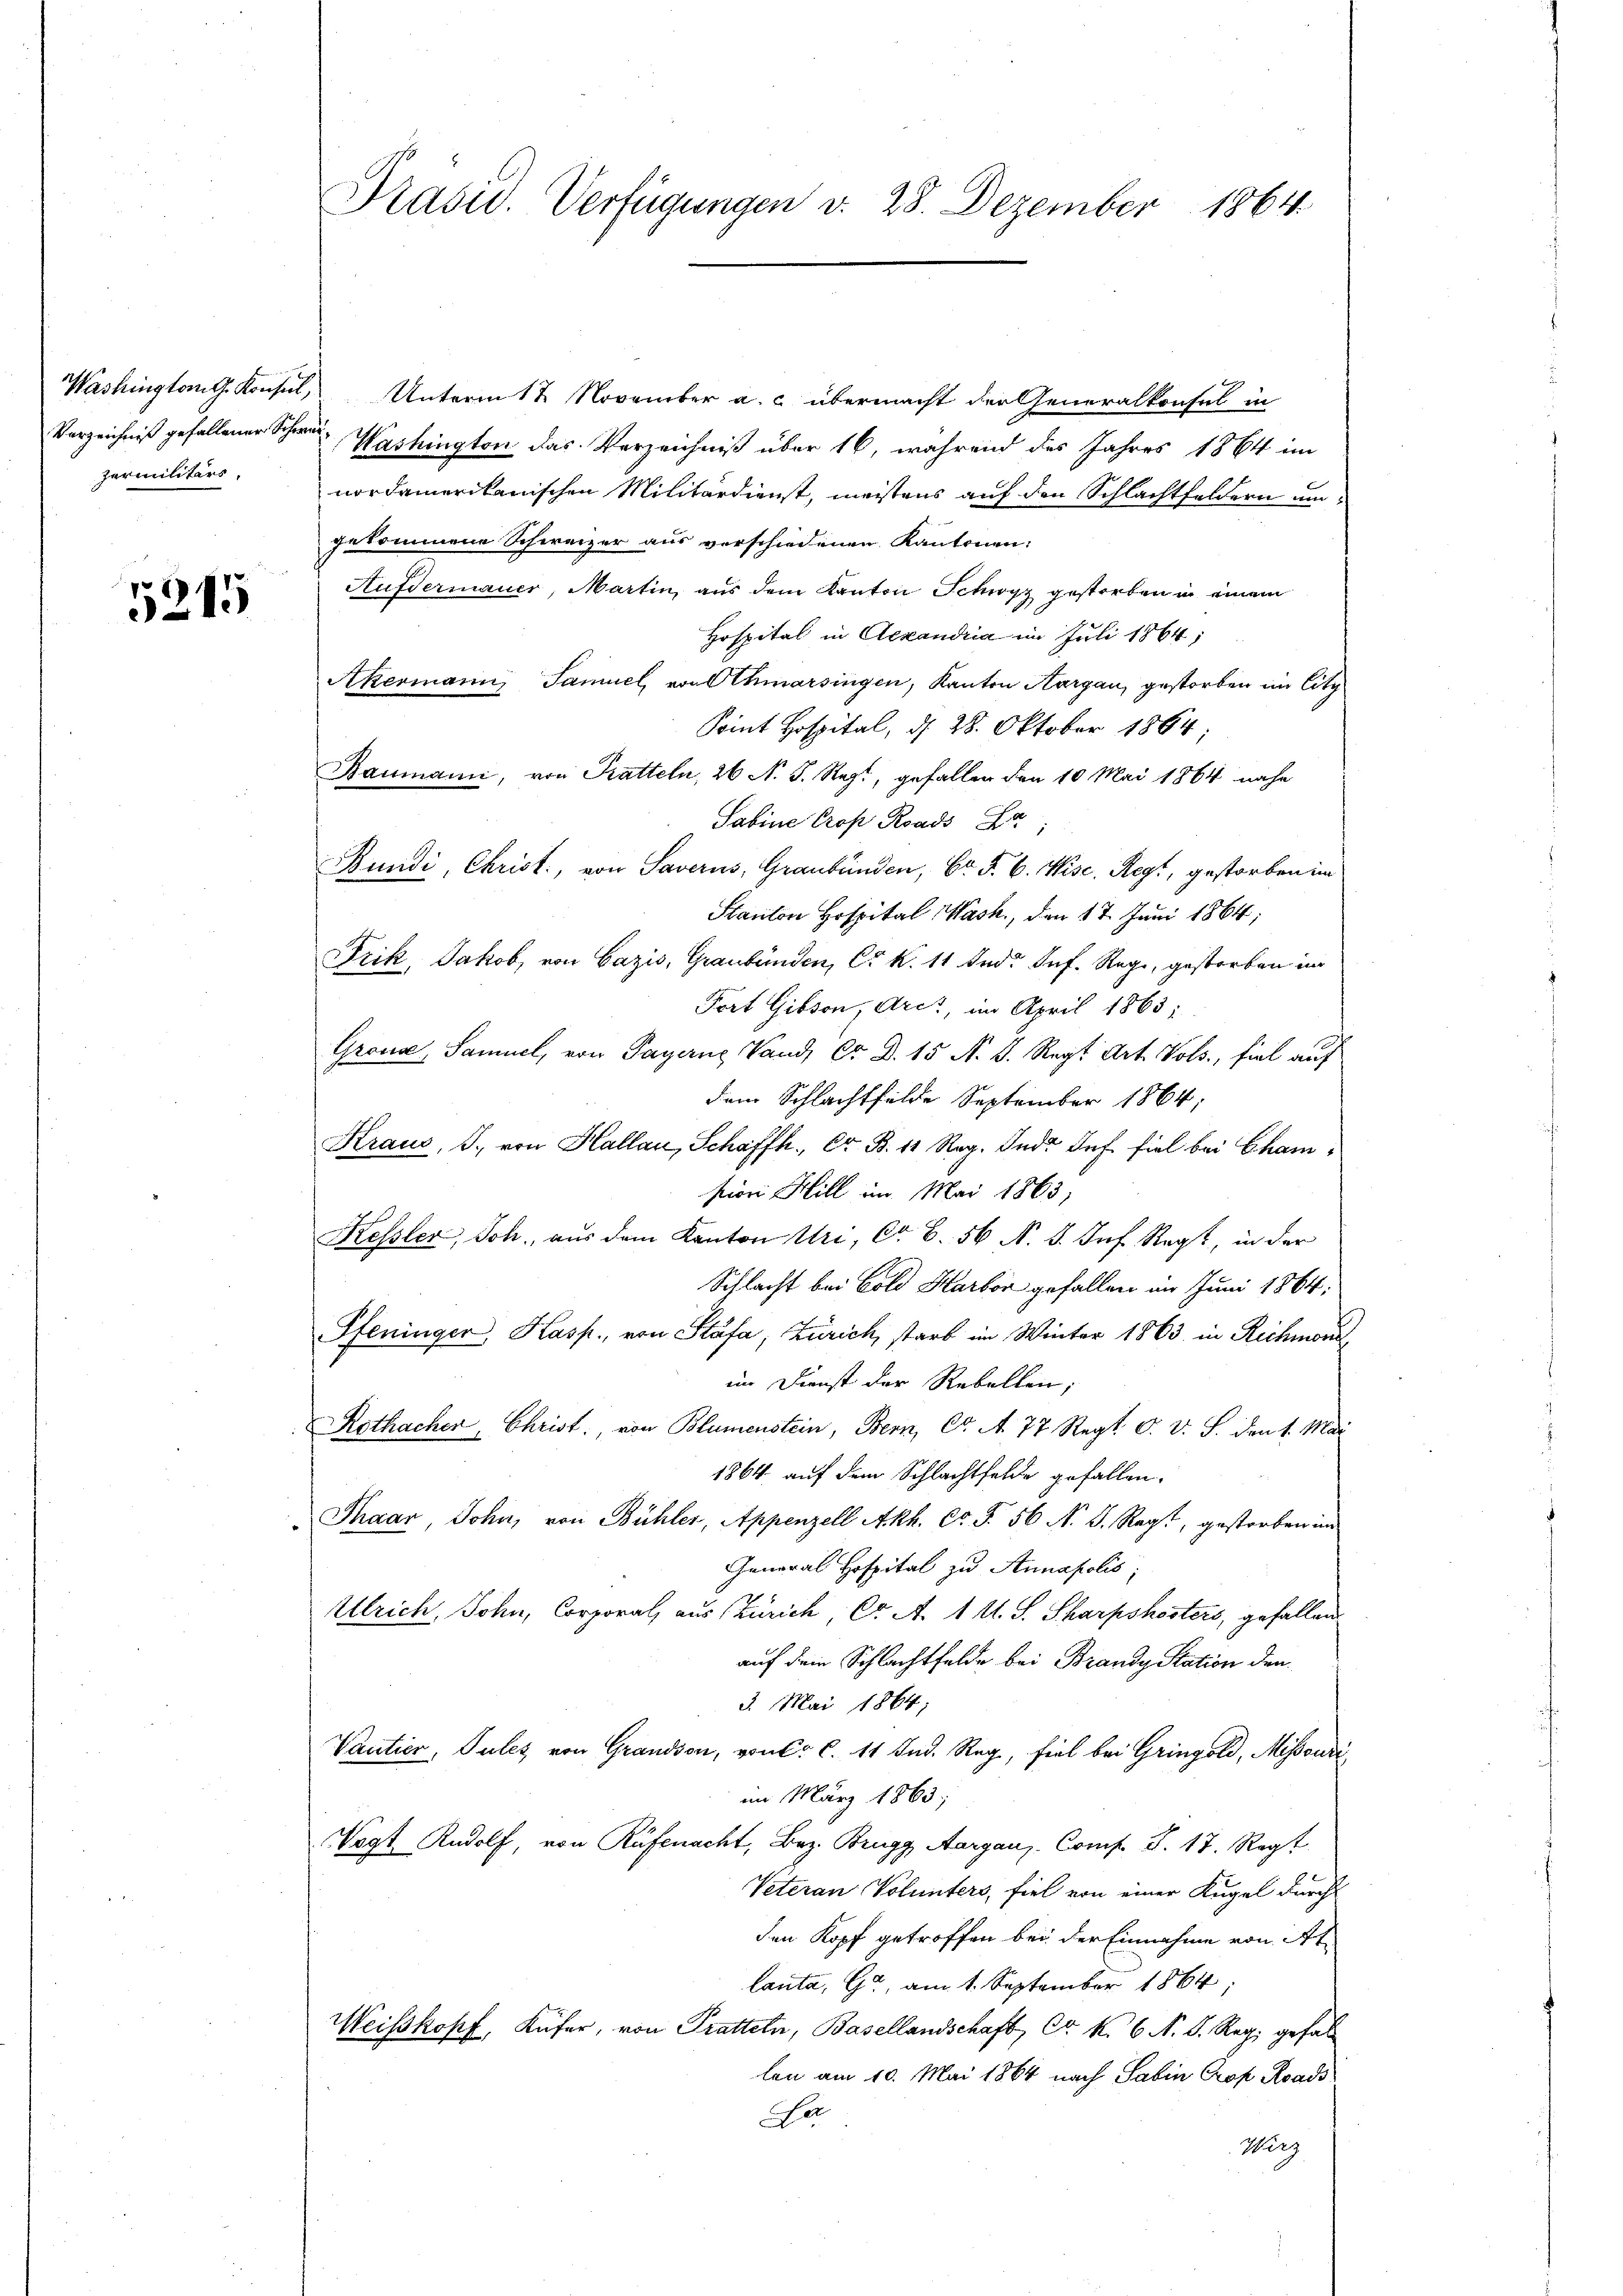
zermilitärs.

5215

Washingtong. Konsul, Unterm 12. November a. c. übermacht der Generalkonsul in
Verzeichniß gefallener Schen Washington das Verzeichniß über 16, während des Jahres 1864 im
nordamerikanischen Militärdienst, meistens auf den Schlachtfeldern umgekommene Schweizer aus verschiedenen Kantonen:
Aufdermauer, Martin, aus dem Kanton Schwyz gestorben in einem
Hospital in Alexandria im Juli 1864;
Akermann Samuel, von Othmarsingen, Kanton Aargau, gestorben im Sitz
Point Hospital, d. 28. Oktober 1864
Baumann, von Pratteln, 26 N. F. Rezt, gefallen den 10 Mai 1864 nahe
Sabine Crop Roads Ze
Bundi, Christ, von Saverns, Graubünden, Gr. §. 6. Wise. Regt, gestorben im
Stanton Hospital Wash., den 17. Juni 1864;
Frik, Jakob, von Cazis, Graubünden, C. R. 11 und Inf. Rege, gestorben in
Fort Gibson, Arct, im April 1863;
Gronde, Samuel, von Payerne Land, Cr D. 15 N. S. Regt. Art. Vols, fiel auf
dem Schlachtfelde September 1864;
Kraus, S. von Hallau, Schaffh., Er B. 11 Reg. Ind? In fiel bei Champion Hill im Mai 1863;
Kessler, Joh., aus dem Kanton Uri, Co. 6. 56 N. 8. Juf Regt, in der
Schlacht bei Bold Harbor gefallen im Juni 1864:
Pfeninger, Kasp., von Stäfa, Zürich, starb im Winter 1863 in Richmona
im Dienst der Rebellen;
Rothacher, Christ, von Blumenstein, Bern, CG. A 77 Regl. C. v. J. den 1. Mai
1864 auf dem Schlachtfelde gefallen.
Thaar, John, von Bühler, Appenzell Akh. Co. §. 56 N. S. Regt, gestorben im
General Hospital zu Annapolis;
Ulrich, Sohn, Corporal, aus Zürich, Cr A. 1 l. S. Sharpskosters, gefallen
auf dein Schlachtfelde bei Brandy Station den
3. Mai 1864;
Vantier, Pules von Grandson, von C. C. 11 Jud. Reg, fiel bei Gringold, Missouri
im März 1863;
Vogt Rudolf, von Rüfenacht, Bez. Brugg Aargaus. Comp. S. 17. Regt
Veteran Volunters, fiel von einer Kugel durch
den Kopf getroffen bei der Einnahme von Atlanta, Ga, am 1. September 1864;
Weiskopf, Küfer, von Pratteln, Basellandschaft, Cr K. 6 N. B. Reg. gefall
len am 10. Mai 1864 nach Sabin Prof. Roads
e
Wirz

Präsid. Verfügungen v. 28. Dezember 1864.